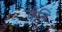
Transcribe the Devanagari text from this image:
पेति